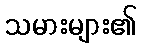
သမားများ၏